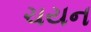
ચયન